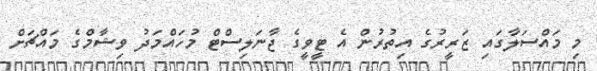
މި މައްސަލާގައި ޒަރީރުގެ އިތުރުން އެ ޓީވީގެ ޖާނަލިސްޓް މުހައްމަދު ވިޝާމްގެ މައްޗަށް